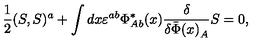
\frac { 1 } { 2 } ( S , S ) ^ { a } + \int d x \varepsilon ^ { a b } \Phi _ { A b } ^ { * } ( x ) \frac { \delta } { \delta { \bar { \Phi } ( x ) } _ { A } } S = 0 ,